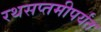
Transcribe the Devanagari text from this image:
रथसप्तमीपर्यंत